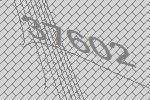
37602